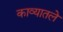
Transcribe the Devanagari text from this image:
काव्यातले